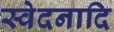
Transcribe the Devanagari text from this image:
स्वेदनादि